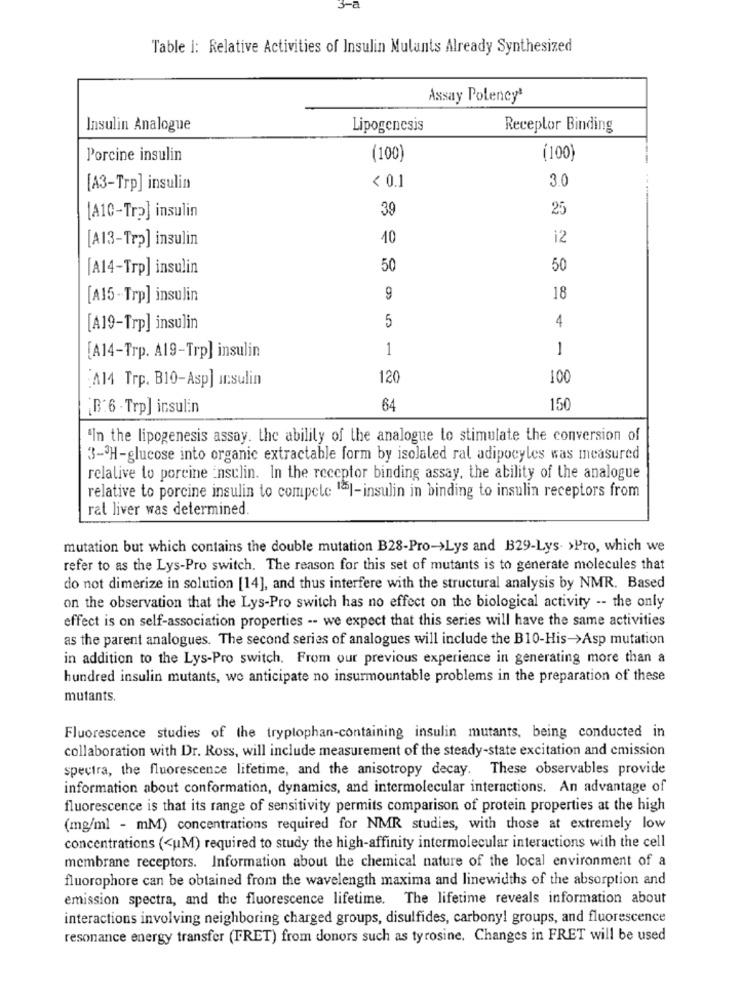
3-a
Table i: Relative Activities of Insulin Mulants Already Synthesized
Assay Polencyª
Insulin Analogue
Lipogenesis
Receptor Binding
Porcine insulin
(100)
(100)
3.0
[A3-Trp] insulin
< 0.1
39
25
[A10-Tr2] insulin
[A13-Trp] insulin
40
12
[A14-Trp] insulin
50
50
[A15-Trp] insulin
9
18
5
4
[A19-Trp] insulin
1
-
[A14-Trp. A19-Trp] insulin
A14 Trp. B10-Asp] ursulin
120
100
¿B'6 - Trp] insulin
64
150
'In the lipogenesis assay. the ability of the analogue to stimulate the conversion of
3-3H-glucose into organic extractable form by isolaled ral adipocyles was measured
relative to porcine insulin. In the receptor binding assay, the ability of the analogue
relative to porcine insulin to compete 1al-insulin in binding to insulin receptors from
ral liver was determined.
mutation but which contains the double mutation B28-Pro->Lys and B29-Lys- >Pro, which we
refer to as the Lys-Pro switch. The reason for this set of mutants is to generate molecules that
do not dimerize in solution [14], and thus interfere with the structural analysis by NMR. Based
on the observation that the Lys-Pro switch has no effect on the biological activity -- the only
effect is on self-association properties -- we expect that this series will have the same activities
as the parent analogues. The second series of analogues will include the B10-His->Asp mutation
in addition to the Lys-Pro switch, From our previous experience in generating more than a
hundred insulin mutants, we anticipate no insurmountable problems in the preparation of these
mutants.
Fluorescence studies of the tryptophan-containing insulin mutants, being conducted in
collaboration with Dr. Ross, will include measurement of the steady-state excitation and cmission
spectra, the fluorescence lifetime, and the anisotropy decay. These observables provide
information about conformation, dynamics, and intermolecular interactions. An advantage of
fluorescence is that its range of sensitivity permits comparison of protein properties at the high
(mg/ml - mM) concentrations required for NMR studies, with those at extremely low
concentrations (<uM) required to study the high-affinity intermolecular interactions with the cell
membrane receptors. Information about the chemical nature of the local environment of a
fluorophore can be obtained from the wavelength maxima and linewidths of the absorption and
emission spectra, and the fluorescence lifetime. The lifetime reveals information about
interactions involving neighboring charged groups, disulfides, carbonyl groups, and fluorescence
resonance energy transfer (FRET) from donors such as tyrosine. Changes in FRET will be used